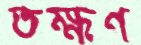
তক্ষণ